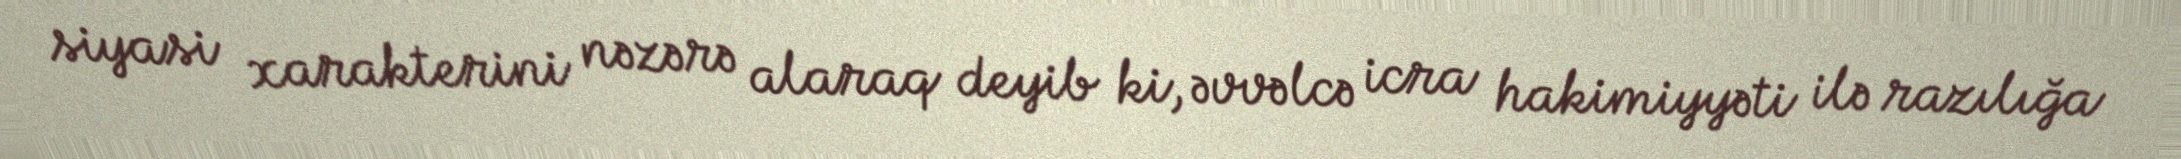
siyasi xarakterini nəzərə alaraq deyib ki, əvvəlcə icra hakimiyyəti ilə razılığa